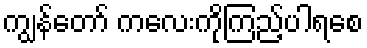
ကျွန်တော် ကလေးကိုကြည့်ပါရစေ